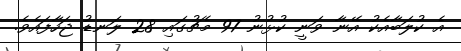
އެ ކުލަބާއެކު އޭނާ ވަނީ ކުޅުނު 97 މެޗުގައި 28 ލަނޑު ޖަހާފައެވެ.